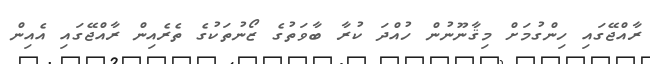
ރާއްޖޭގައި ހިންގުމަށް މިޤާނޫނުން ހުއްދަ ކުރާ ބާވަތުގެ ޒޯނުތަކުގެ ތެރެއިން ރާއްޖޭގައި އެއިން